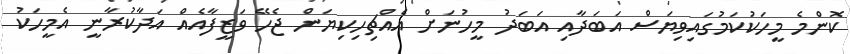
ކޮންމެ މީހަކުކަމުގައިވިޔަސް އަބަދާއި އަބަދު މީހުނަށް އެއްޗިހިކިޔަން ޖެހޭ ވަޒީފާއެއް އަދާކުރާނީ އެމީހަކު